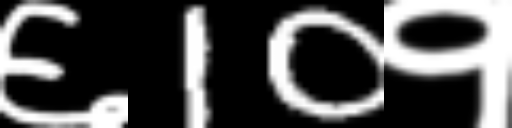
Text: ६10१